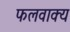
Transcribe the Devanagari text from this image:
फलवाक्य